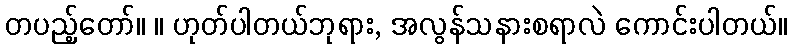
တပည့်တော်။ ။ ဟုတ်ပါတယ်ဘုရား, အလွန်သနားစရာလဲ ကောင်းပါတယ်။